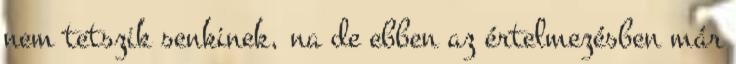
nem tetszik senkinek, na de ebben az értelmezésben már